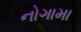
નોગામા